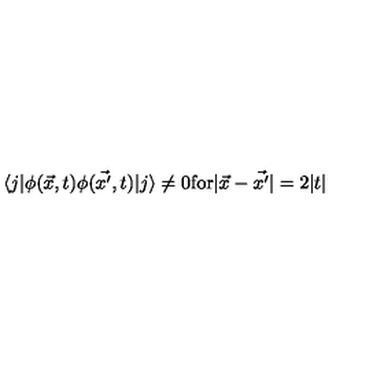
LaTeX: \langle j | \phi ( \vec { x } , t ) \phi ( \vec { x ^ { \prime } } , t ) | j \rangle \not = 0 \mathrm { f o r } | \vec { x } - \vec { x ^ { \prime } } | = 2 | t |